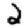
Digit: 2